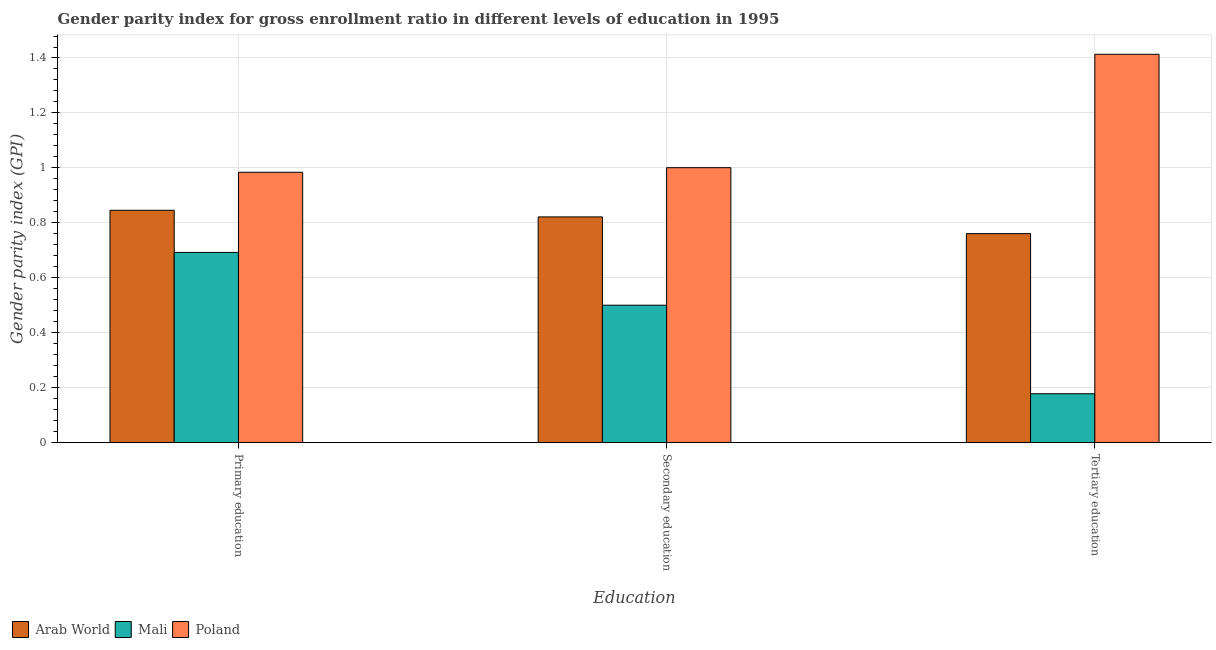
| Education | Arab World | Mali | Poland |
 | --- | --- | --- | --- |
 | Primary education | 0.846 | 0.692 | 0.984 |
 | Secondary education | 0.822 | 0.5 | 1 |
 | Tertiary education | 0.761 | 0.178 | 1.41 |